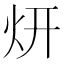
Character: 𱪩